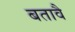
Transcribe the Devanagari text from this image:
बतावै